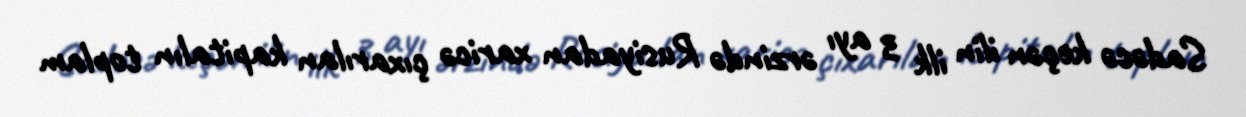
Sadəcə keçən ilin ilk 3 ayı ərzində Rusiyadan xaricə çıxarılan kapitalın toplam